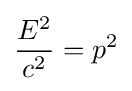
{\frac {E^{2}}{c^{2}}}=p^{2}